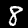
Digit: 8